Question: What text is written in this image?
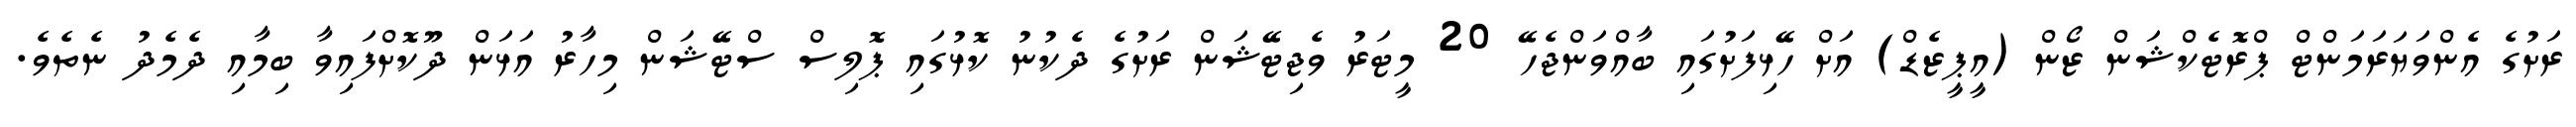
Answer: ރަށުގެ އެންވަޔަރަމަންޓް ޕްރޮޓެކްޝަން ޒޯން (އީޕީޒެޑް) އަށް ހޭޅިފަށުގައި ބާއްވަންޖެހޭ 20 މީޓަރު ވެޖިޓޭޝަން ރަށުގެ ދެކުނު ކޮޅުގައި ޕޮލިސް ސްޓޭޝަން މިހާރު އަޅަން ދޫކޮށްފައިވާ ބިމާއި ދެމެދު ނެތެވެ.